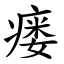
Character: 瘘